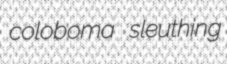
coloboma sleuthing